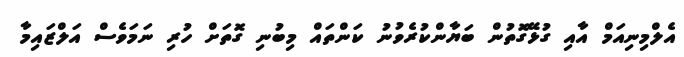
އެލްމިނިއަމް އާއި ގުޅޭގޮތުން ބަޔާންކުރެވުނު ކަންތައް މިބުނި ގޮތަށް ހުރި ނަމަވެސް އަލްޒައިމާ